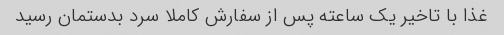
غذا با تاخیر یک ساعته پس از سفارش کاملا سرد بدستمان رسید